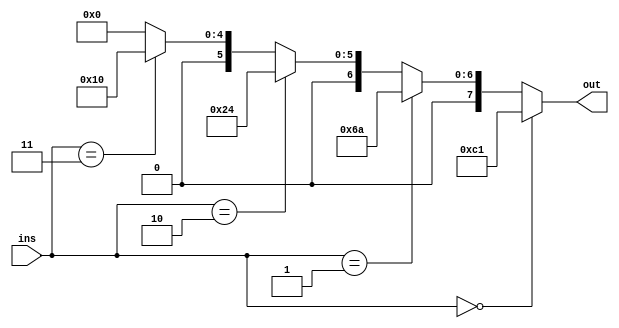
`timescale 1ns / 1ps

module Control_Unit(
	input [1:0]ins, // instruction[7:6]
	output [7:0]out // control signal
    );
	
	// Slide 8. RegDst ~ ALUOP
	assign out = (ins == 2'b00) ? 8'b11000001:
                 (ins == 2'b01) ? 8'b01101010:
                 (ins == 2'b10) ? 8'b00100100:
                 (ins == 2'b11) ? 8'b00010000:
                 8'b00000000;

endmodule